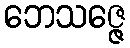
ဘေသဇ္ဇေ